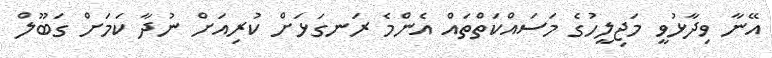
އޭނާ ވިދާޅުވީ މަޖިލީހުގެ މަސައްކަތްތައް އެންމެ ރަނގަޅަށް ކުރިއަށް ނުދާ ކަމަށް ގަބޫލް